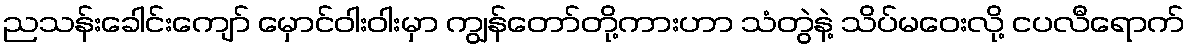
ညသန်းခေါင်းကျော် မှောင်ဝါးဝါးမှာ ကျွန်တော်တို့ကားဟာ သံတွဲနဲ့ သိပ်မဝေးလို့ ငပလီရောက်